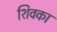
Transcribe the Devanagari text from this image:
शिवका